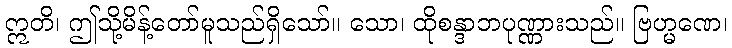
ဣတိ၊ ဤသို့မိန့်တော်မူသည်ရှိသော်။ သော၊ ထိုစန္ဒာဘပုဏ္ဏားသည်။ ဗြဟ္မဏေ၊